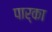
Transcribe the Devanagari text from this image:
पार्का